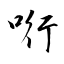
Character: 哘